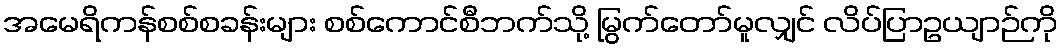
အမေရိကန်စစ်စခန်းများ စစ်ကောင်စီဘက်သို့ မြွက်တော်မူလျှင် လိပ်ပြာဥယျာဉ်ကို